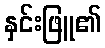
နှင်းဖြူ၏